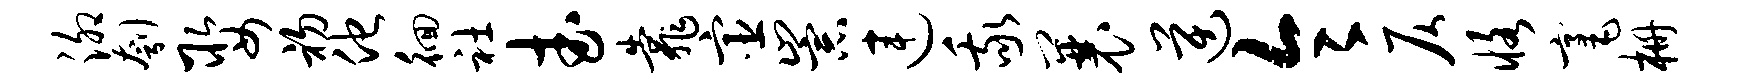
泖刳娶初他徊社武靠宦崇连我曩逆令仄恪毫栅